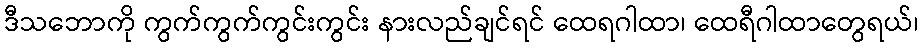
ဒီသဘောကို ကွက်ကွက်ကွင်းကွင်း နားလည်ချင်ရင် ထေရဂါထာ၊ ထေရီဂါထာတွေရယ်၊